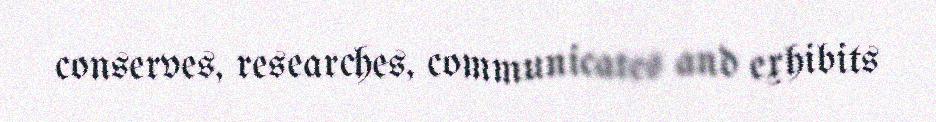
conserves, researches, communicates and exhibits